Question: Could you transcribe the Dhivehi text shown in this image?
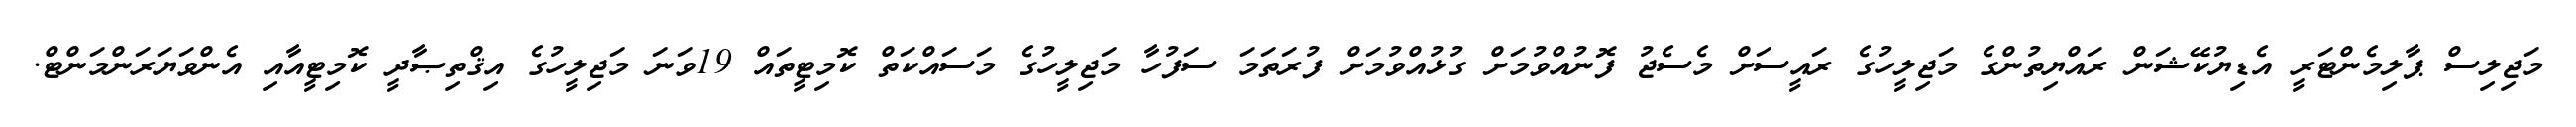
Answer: މަޖިލިސް ޕާލިމެންޓަރީ އެޑިޔުކޭޝަން ރައްޔިތުންގެ މަޖިލީހުގެ ރައީސަށް މެސެޖު ފޮނުއްވުމަށް ގުޅުއްވުމަށް ފުރަތަމަ ސަފުހާ މަޖިލީހުގެ މަސައްކަތް ކޮމިޓީތައް 19ވަނަ މަޖިލީހުގެ އިޤްތިޞާދީ ކޮމިޓީއާއި އެންވަޔަރަންމަންޓް.